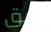
سبق